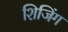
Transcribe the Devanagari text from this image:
शिजिंग